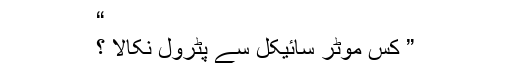
“
” کس موٹر سائیکل سے پٹرول نکالا ؟